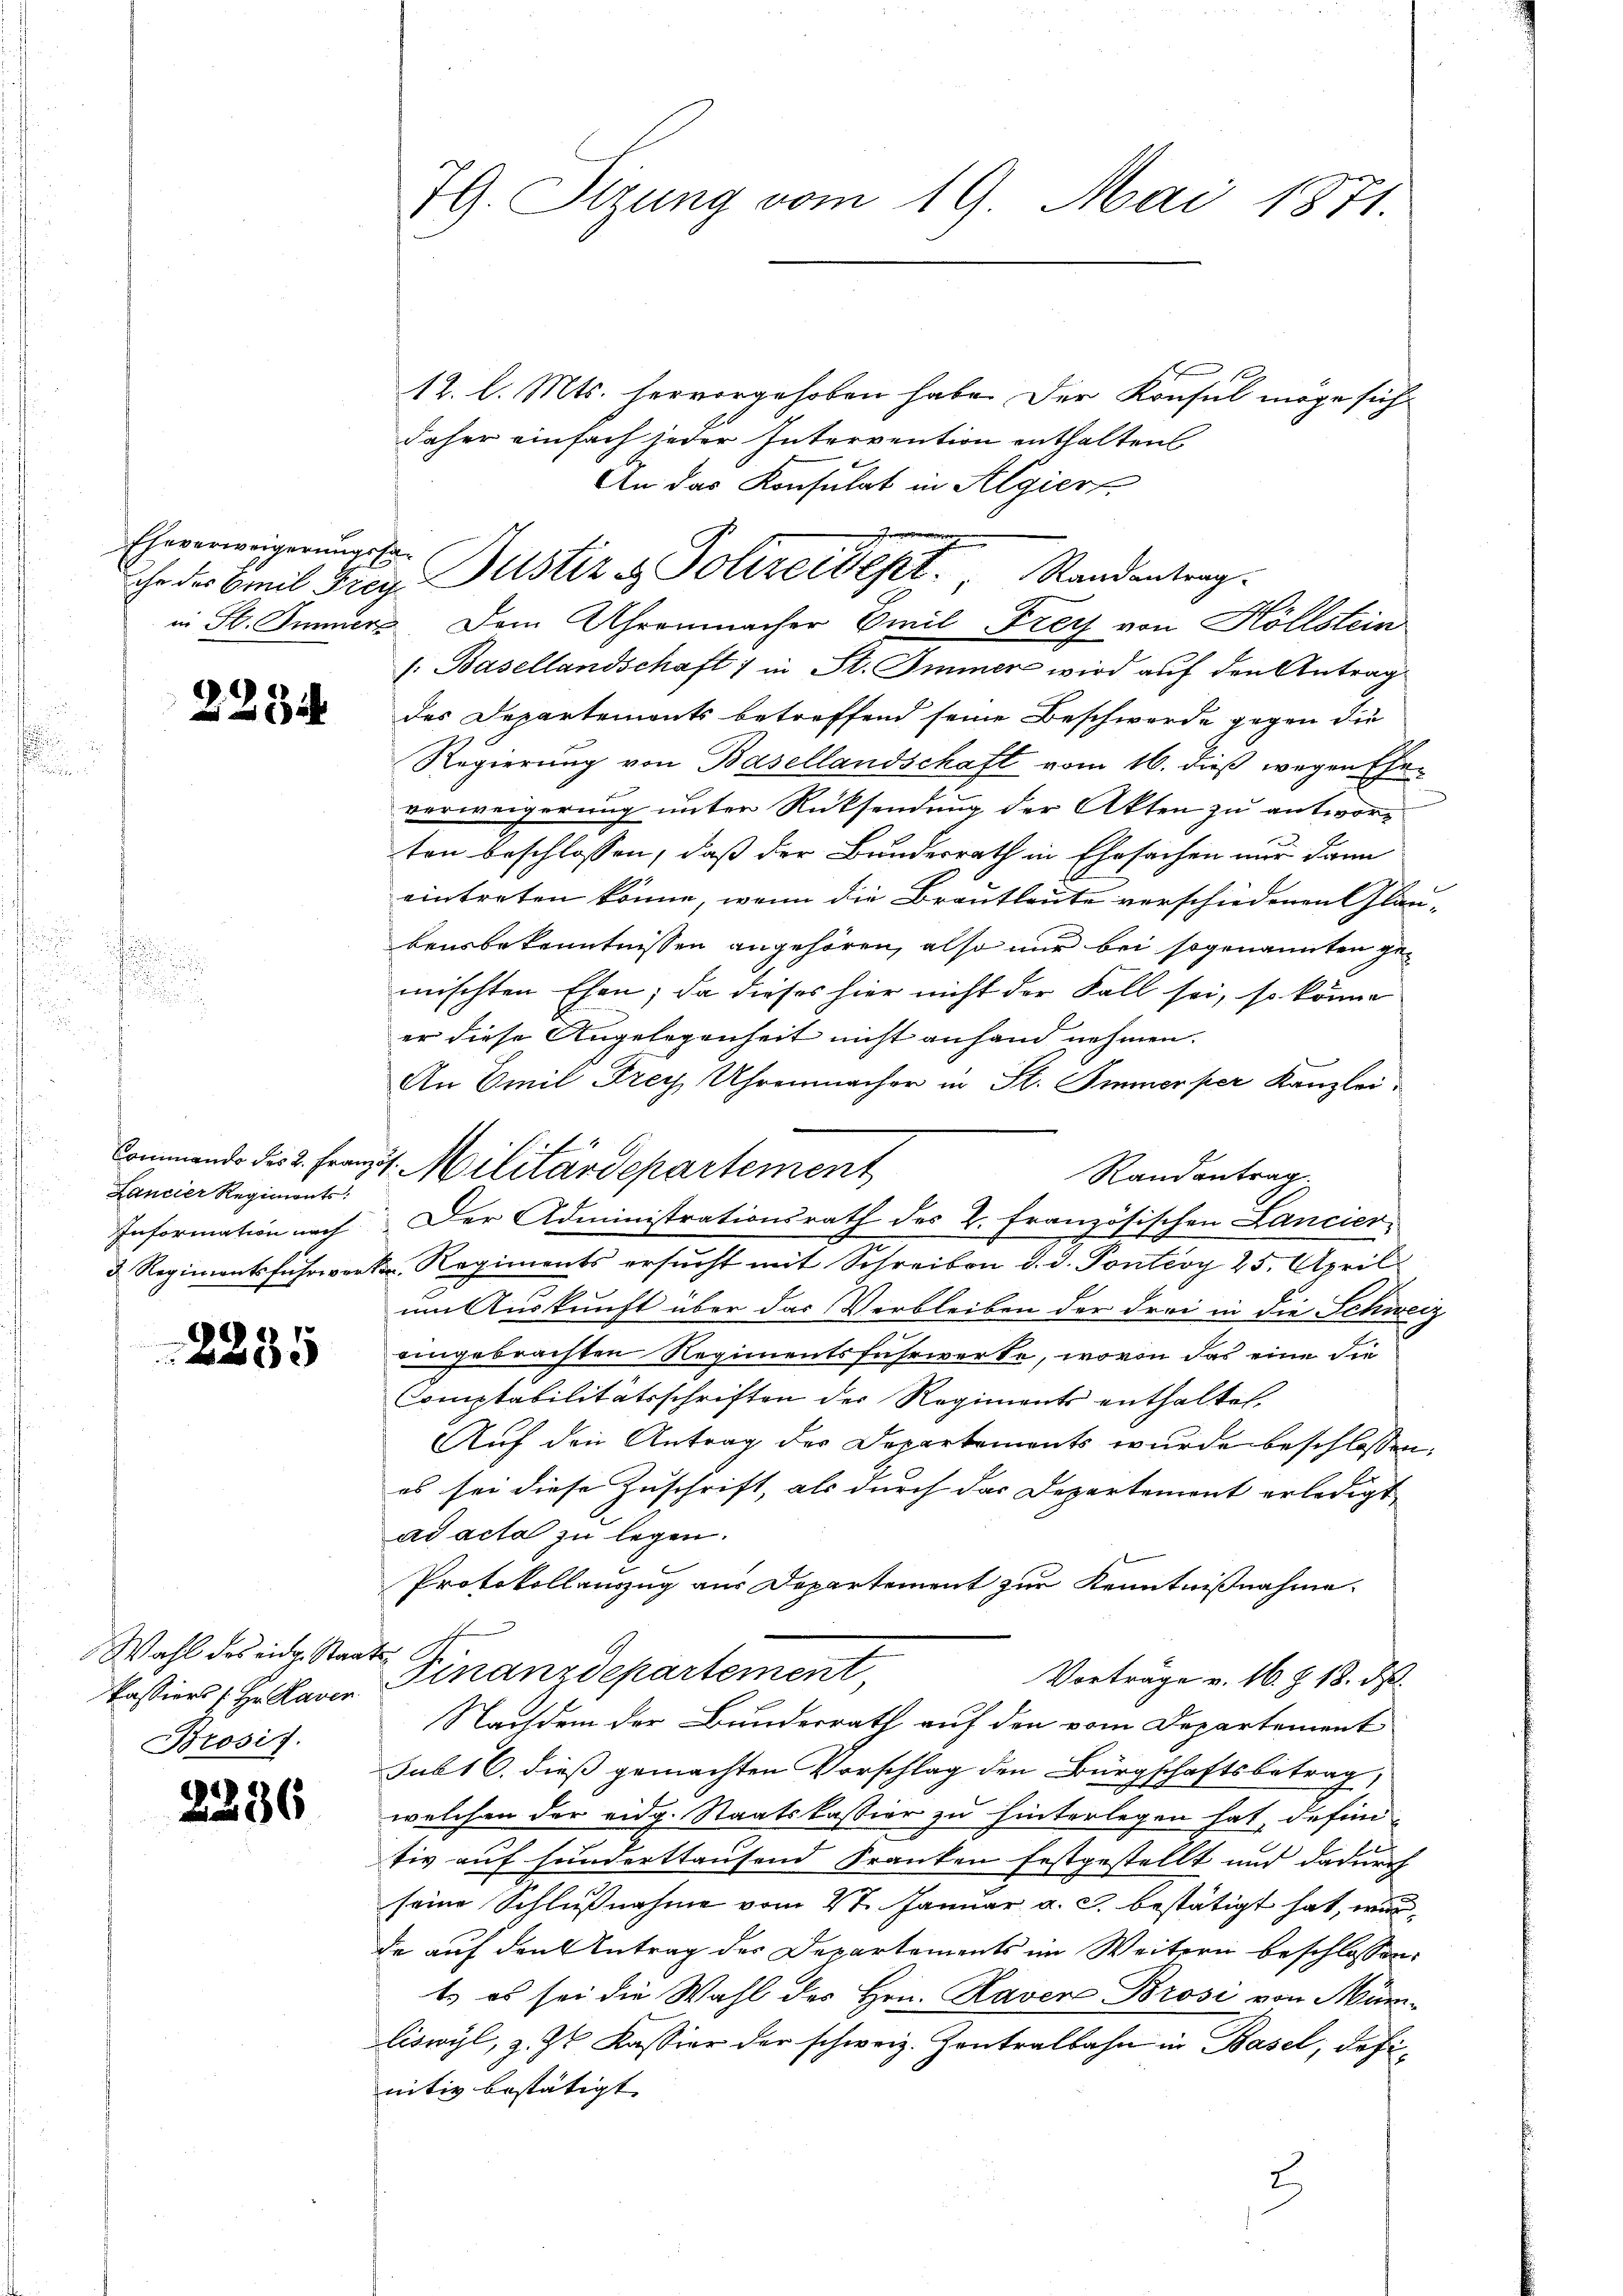
2254

Lancier Regiments:
Information nach

2235

Wahl des eidg. Staats
Passiers (Hr. Laver
Brosis.

2336

79. Sizung vom 19. Mai 1871.

Eheverweigerungssa¬

12. l. Mts. hervorgehoben habe. Der Konsul möge sich
daher einfach jeder Intervention enthalten
An das Konsulat in Algiert
s. Basellandschaft 1 in St. Immer wird auf den Antrag
des Departements betreffend seine Beschwerde gegen die
Regierung von Basellandschaft vom 16. dieß wegen Ehen
verweigerung unter Rücksendung der Akten zu antworten beschlossen, daß der Bundesrath in Ehrsachen nur dann
eintreten könne, wenn die Brautleute verschiedenen Gläu-
bensbekenntnissen angehören, also nur bei sogenannten gemischten Ehen; da dieses hier nicht der Fall sei, so könne
er diese Angelegenheit nicht anhand nehmen.
An Emil Frey Uhrenmacher in St. Immerper Kanzlei
Randantrag.
Der Administrationsrath des 2. Französischen Lancier
3. Regimentsfuhrwerk. Regiments ersŭcht mit Schreiben d. d. Pontroy 25. April
um Auskunft über das Verbleiben der drei in die Schweiuangebrachten Regimentsfuhrwerke, wovon das eine die
omptabilitätsschriften der Regiments enthaltet.
Auf den Antrag der Departements wurde beschlossen,
es sei diese Zuschrift, als durch das Departement erledigt
ad acta zu legen.
Protokollanzug aus Departement zur Kenntnißnahme
Finanzdepartement,
Vorträge v. 16. Z. 18. ds.
Nachdem der Bundesrath auf den vom Departement
sub 16. dieß gemachten Vorschlag den Bürgschaftsbetrag,
welchen der eidg. Staatskassion zu hinterlegen hat, definitiv auf hunderthausend Franken festgestellt und dadurch
seine Schlußnahme vom 27. Januar a. c. bestätigt hat, wurde auf den Antrag der Departements im Weitern beschlossen:
t. es sei die Wahl des Hrn. Raven Brosi von Müriliswyl, z. Zt. Kassier der schweiz. Zentralbahn in Basel, definitiv bestätigt. |

ihr der Emil Frey Justiz & Polizeidept. Randentrag.
in St. Immer. Dem Uhrenmacher Emil Frey von Höllstein

ef
Commando des 2. Franz 1. Militärdepartement